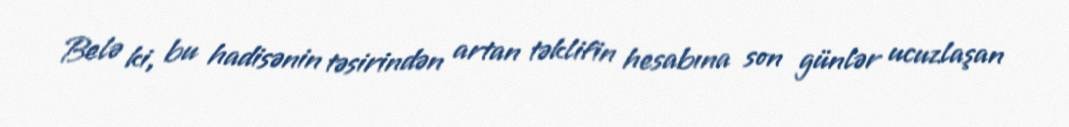
Belə ki, bu hadisənin təsirindən artan təklifin hesabına son günlər ucuzlaşan